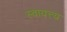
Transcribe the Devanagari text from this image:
स्वायत्त्य